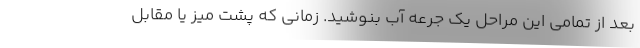
بعد از تمامی این مراحل یک جرعه آب بنوشید. زمانی که پشت میز یا مقابل